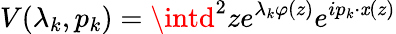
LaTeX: V(\lambda_{k},p_{k})=\intd^{2}ze^{\lambda_{k}\varphi(z)}e^{ip_{k}\cdot\mathit{x}(z)}